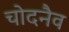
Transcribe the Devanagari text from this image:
चोदनैव